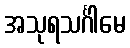
အသုရသင်္ဂါမေ